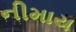
નીમાય